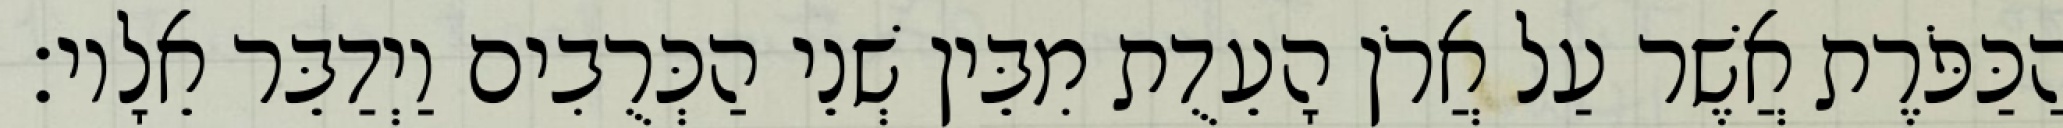
הַכַּפֹּרֶת אֲשֶׁר עַל אֲרֹן הָעֵדֻת מִבֵּין שְׁנֵי הַכְּרֻבִים וַיְדַבֵּר אֵלָיו׃